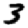
Digit: 3